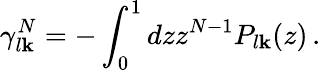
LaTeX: \gamma_{l\mathbf{k}}^{N}=-\int_{0}^{1}dzz^{N-1}P_{l\mathbf{k}}(z)\, .